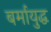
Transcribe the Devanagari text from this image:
बर्मायुद्ध